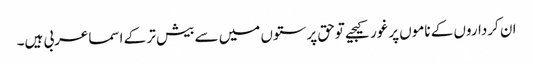
ان کرداروں کے ناموں پرغورکیجیے توحق پرستوں میں سے بیش تر کے اسماعربی ہیں۔